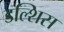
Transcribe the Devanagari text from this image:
डल्शिस